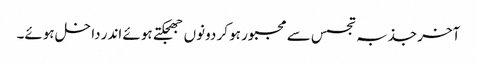
آخر جذبہ تجسس سے مجبور ہو کر دونوں جھجکتے ہوئے اندر داخل ہوئے۔